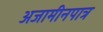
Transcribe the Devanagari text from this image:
अजामीनपात्र